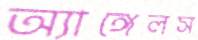
অ্যাঙ্গেলস